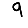
Digit: 9